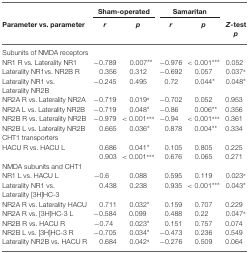
<table><thead><tr><td></td><td colspan="2"><b>Sham-operated</b></td><td colspan="2"><b>Samaritan</b></td></tr><tr><td><b>Parameter vs. parameter</b></td><td><b><i>r</i></b></td><td><b><i>p</i></b></td><td><b><i>r</i></b></td><td><b><i>p</i></b></td><td><b><i>Z</i>-test <i>p</i></b></td></tr></thead><tbody><tr><td>Subunits of NMDA receptors</td></tr><tr><td>NR1 R vs. Laterality NR1</td><td>−0.789</td><td>0.007**</td><td>−0.976</td><td>&lt; 0.001***</td><td>0.052</td></tr><tr><td>Laterality NR1vs. NR2B R</td><td>0.356</td><td>0.312</td><td>−0.692</td><td>0.057</td><td>0.037*</td></tr><tr><td>Laterality NR1 vs.</td><td>−0.245</td><td>0.495</td><td>0.72</td><td>0.044*</td><td>0.048*</td></tr><tr><td>Laterality NR2B</td></tr><tr><td>NR2A R vs. Laterality NR2A</td><td>−0.719</td><td>0.019*</td><td>−0.702</td><td>0.052</td><td>0.953</td></tr><tr><td>NR2A L vs. Laterality NR2B</td><td>−0.719</td><td>0.048*</td><td>−0.86</td><td>0.006**</td><td>0.356</td></tr><tr><td>NR2B R vs. Laterality NR2B</td><td>−0.979</td><td>&lt; 0.001***</td><td>−0.94</td><td>&lt; 0.001***</td><td>0.361</td></tr><tr><td>NR2B L vs. Laterality NR2B</td><td>0.665</td><td>0.036*</td><td>0.878</td><td>0.004**</td><td>0.334</td></tr><tr><td>CHT1 transporters</td></tr><tr><td>HACU R vs. HACU L</td><td>0.686</td><td>0.041*</td><td>0.105</td><td>0.805</td><td>0.225</td></tr><tr><td></td><td>0.903</td><td>&lt; 0.001***</td><td>0.676</td><td>0.065</td><td>0.271</td></tr><tr><td>NMDA subunits and CHT1</td></tr><tr><td>NR1 L vs. HACU L</td><td>−0.6</td><td>0.088</td><td>0.595</td><td>0.119</td><td>0.023*</td></tr><tr><td>Laterality NR1 vs.</td><td>0.438</td><td>0.238</td><td>0.935</td><td>&lt; 0.001***</td><td>0.043*</td></tr><tr><td>Laterality [3H]HC-3</td></tr><tr><td>NR2A R vs. Laterality HACU</td><td>0.711</td><td>0.032*</td><td>0.159</td><td>0.707</td><td>0.229</td></tr><tr><td>NR2A R vs. [3H]HC-3 L</td><td>−0.584</td><td>0.099</td><td>0.488</td><td>0.22</td><td>0.047*</td></tr><tr><td>NR2B R vs. HACU R</td><td>−0.74</td><td>0.023*</td><td>0.151</td><td>0.757</td><td>0.074</td></tr><tr><td>NR2B L vs. [3H]HC-3 R</td><td>−0.705</td><td>0.034*</td><td>−0.473</td><td>0.236</td><td>0.549</td></tr><tr><td>Laterality NR2B vs. HACU R</td><td>0.684</td><td>0.042*</td><td>−0.276</td><td>0.509</td><td>0.064</td></tr></tbody></table>